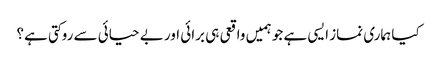
کیا ہماری نماز ایسی ہے جو ہمیں واقعی ہی برائی اور بے حیائی سے روکتی ہے؟